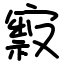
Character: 㝮